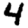
Digit: 4